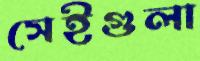
সেইগুলা